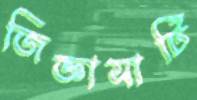
জিজ্ঞাসাটি